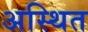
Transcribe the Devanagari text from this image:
अस्थित